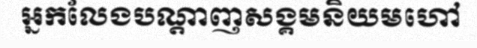
អ្នកលែងបណ្តាញសង្គមនិយមហៅ